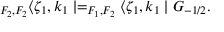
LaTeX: _ { F _ { 2 } , F _ { 2 } } \langle \zeta _ { 1 } , k _ { 1 } \mid = _ { F _ { 1 } , F _ { 2 } } \langle \zeta _ { 1 } , k _ { 1 } \mid G _ { - 1 / 2 } .